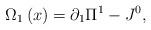
LaTeX: \begin{align*}\Omega _1 \left( x \right) = \partial _1 \Pi ^1 - J^0 ,\end{align*}